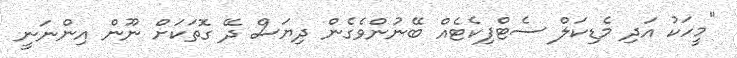
"މީހަކު އަދި މެޑިކަލް ސެޓްފިކެޓެއް ބޭނުންވެގެން ދިޔަސް ދޭ ގޮތަކަށް ނޫން އިންނަނީ